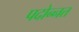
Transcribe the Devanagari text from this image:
पदोन्‍नत